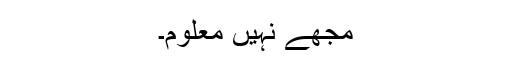
مجھے نہیں معلوم۔